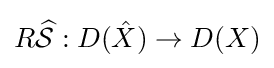
R{\widehat {\mathcal {S}}}:D({\hat {X}})\to D(X)